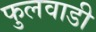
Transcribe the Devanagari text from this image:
फुलवाडी